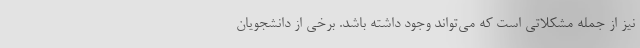
نیز از جمله مشکلاتی است که می‌تواند وجود داشته باشد. برخی از دانشجویان